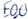
Text: E0.0